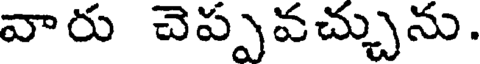
వారు చెప్పవచ్చును.